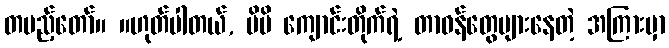
တပည့်တော်။ ။ဟုတ်ပါတယ်, မိမိ ကျောင်းတိုက်ရဲ့ တာဝန်တွေများနေတဲ့ အကြားမှာ